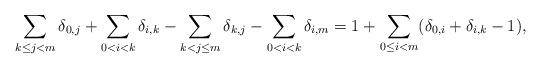
LaTeX: \begin{align*} \sum_{k \leq j < m} \delta_{0, j} + \sum_{0 < i < k} \delta_{i, k} - \sum_{k < j \leq m} \delta_{k, j} - \sum_{0< i < k} \delta_{i, m} = 1 + \sum_{0 \leq i < m} (\delta_{0, i} + \delta_{i, k} - 1), \end{align*}